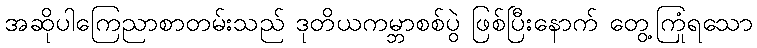
အဆိုပါကြေညာစာတမ်းသည် ဒုတိယကမ္ဘာစစ်ပွဲ ဖြစ်ပြီးနောက် တွေ့ကြုံရသော